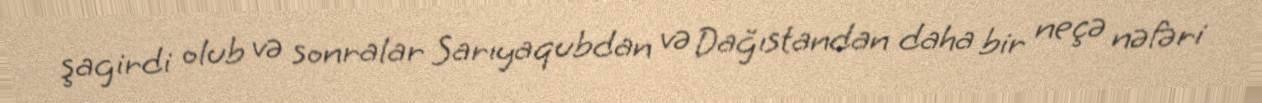
şagirdi olub və sonralar Sarıyaqubdan və Dağıstandan daha bir neçə nəfəri